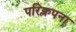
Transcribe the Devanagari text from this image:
परिक्लपना